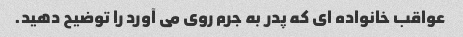
عواقب خانواده ای که پدر به جرم روی می آورد را توضیح دهید.